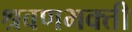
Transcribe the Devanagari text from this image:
श्रवणभक्ती